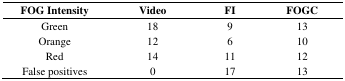
<table><thead><tr><td><b>FOG Intensity</b></td><td><b>Video</b></td><td><b>FI</b></td><td><b>FOGC</b></td></tr></thead><tbody><tr><td>Green</td><td>18</td><td>9</td><td>13</td></tr><tr><td>Orange</td><td>12</td><td>6</td><td>10</td></tr><tr><td>Red</td><td>14</td><td>11</td><td>12</td></tr><tr><td>False positives</td><td>0</td><td>17</td><td>13</td></tr></tbody></table>